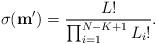
LaTeX: \begin{align*}\sigma(\mathbf{m}') = \frac{L!}{\prod_{i=1}^{N-K+1} L_i!}.\end{align*}